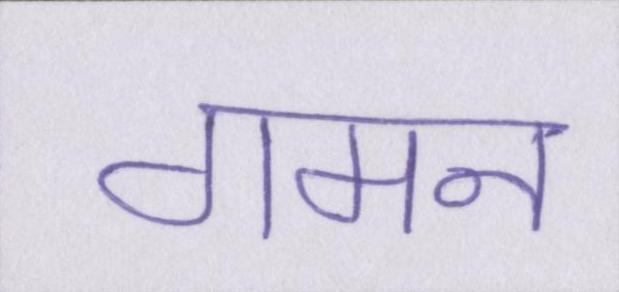
गमन